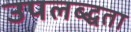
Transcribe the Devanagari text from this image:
उपलब्द्धता